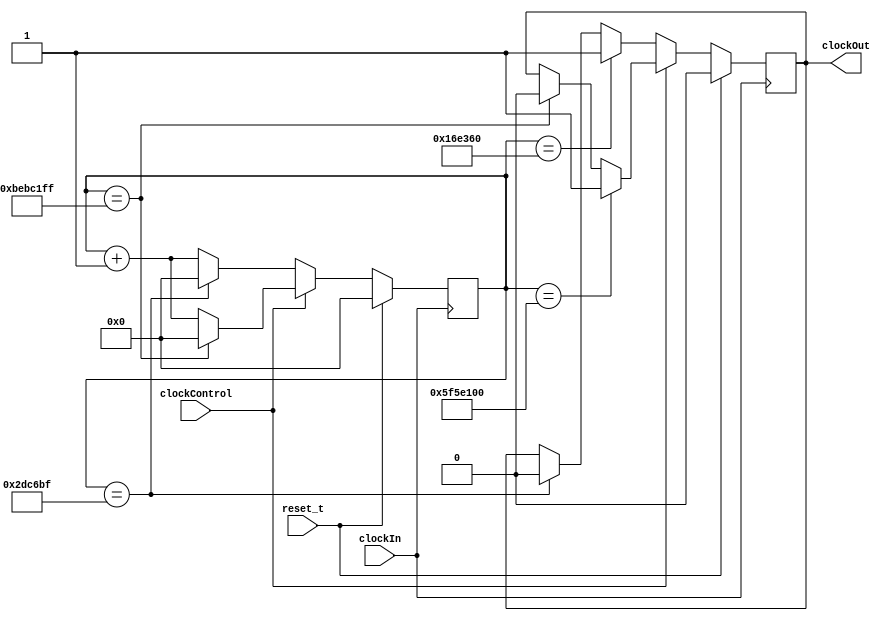
module xTimer(reset_t,clockIn,clockControl,clockOut);
	
	// PI and PO
	input reset_t;

	input clockIn;
	
	input clockControl;
		
	output clockOut;
	
	//parameter delay_t = 15000000*2;
	parameter delay_t = 0;						 // delay for adjustment
		
		
	parameter clkPeriod1 = (1500000*2) - delay_t; // 60 ms clock, 3 MHz, N=21
	parameter clkPeriod2 = (200000000) - delay_t; // 2 s clock, 200 MHz, N=27

	//parameter clkPeriod2 = 5 - delay_t; 

	
	parameter clkPeriodHalf1 = clkPeriod1 / 2;
	
	parameter clkPeriodHalf2 = clkPeriod2 / 2;
	
	parameter N = 27; // N = roundUp(ln DF / ln 2) -1 = 21-1

	//parameter N = 3;
	
	reg [N:0] counter;
	reg clockOut;
	
//	always @(posedge clockIn)
	always @(negedge clockIn)
	begin
		if(reset_t) begin	
			counter <= 0;
			clockOut <= 0;
		end
		
		else begin
			if (clockControl==1)begin
			   if(counter == clkPeriod2-1) begin
					counter <= 0;
					clockOut <= 0;
				end
				
				else 
					counter <= counter + 1;
				
				if (counter == clkPeriodHalf2)
					clockOut <= 1;
			end
		
			else begin
				   if(counter == clkPeriod1-1) begin
						counter <= 0;
						clockOut <= 0;
					end
					
					else 
						counter <= counter + 1;
					
					if (counter == clkPeriodHalf1)
						clockOut <= 1;
			
			end
		end
	end
endmodule